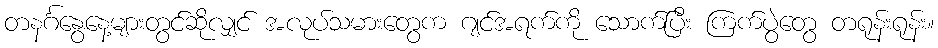
တနင်္ဂနွေနေ့များတွင်ဆိုလျှင် အလုပ်သမားတွေက ဂျင်အရက်ကို သောက်ပြီး ကြက်ပွဲတွေ တရုန်းရုန်း။